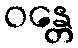
ဝန္တေ